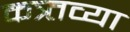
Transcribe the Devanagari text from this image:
कत्र्तव्या